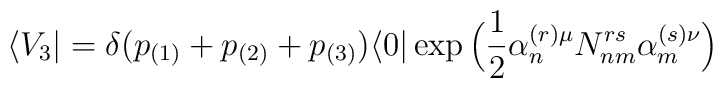
\langle V_{3}\vert=\delta(p_{(1)}+p_{(2)}+p_{(3)})\langle 0\vert \exp\Big(\frac{1}{2}\alpha^{(r)\mu}_{n}N^{rs}_{nm}\alpha^{(s)\nu}_{m}\Big)